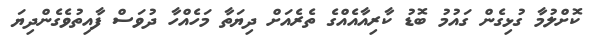
ކޮށްލުމާ ގުޅިގެން ގައުމު ބޮޑު ކާރިއާއެއްގެ ތެރެއަށް ދިޔަތާ މަހެއްހާ ދުވަސް ފާއިތުވެގެންދިޔަ